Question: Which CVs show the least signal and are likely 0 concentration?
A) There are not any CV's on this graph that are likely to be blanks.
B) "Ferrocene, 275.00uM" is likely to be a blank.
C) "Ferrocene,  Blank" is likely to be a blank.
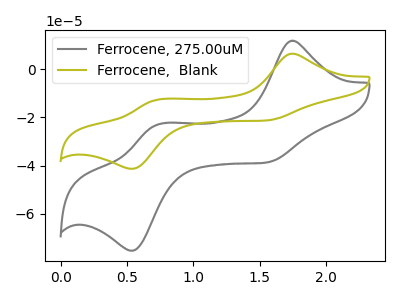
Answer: <think>The gray curve "Ferrocene, 275.00uM" has anodic peaks at (1.75V, 11.90uA) (0.75V, -22.90uA) and cathodic peaks at (1.55V, -38.80uA) (0.55V, -75.40uA). The olive curve "Ferrocene,  Blank" has anodic peaks at (1.75V, 6.50uA) (0.75V, -12.55uA) and cathodic peaks at (1.55V, -21.30uA) (0.55V, -41.35uA).</think>
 <answer>A) There are not any CV's on this graph that are likely to be blanks.</answer>
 <eval>A</eval>